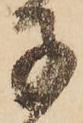
子